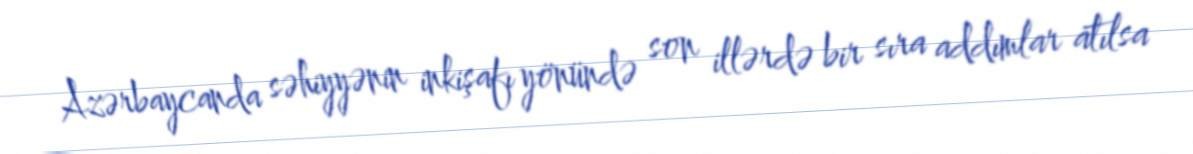
Azərbaycanda səhiyyənin inkişafı yönündə son illərdə bir sıra addımlar atılsa